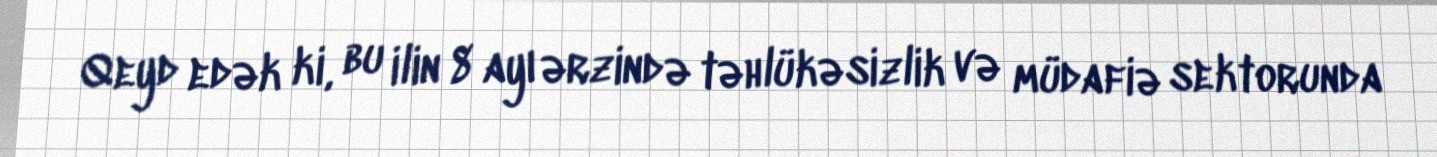
Qeyd edək ki, bu ilin 8 ayı ərzində təhlükəsizlik və müdafiə sektorunda